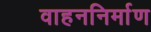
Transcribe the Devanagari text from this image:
वाहननिर्माण